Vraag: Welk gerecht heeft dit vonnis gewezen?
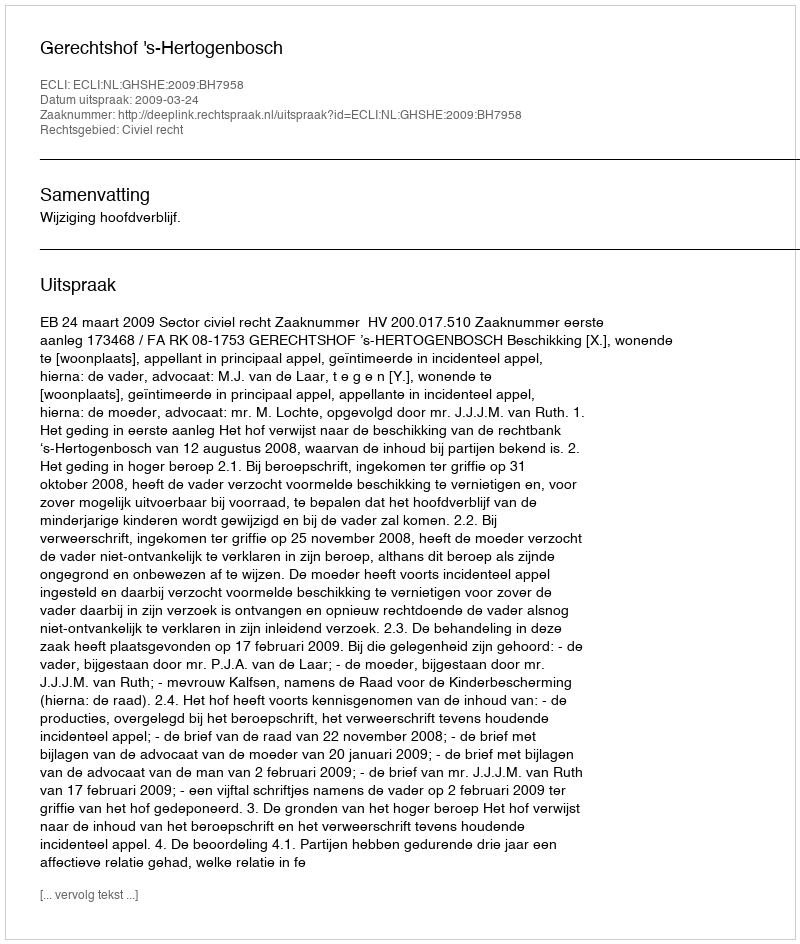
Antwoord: Gerechtshof 's-Hertogenbosch